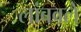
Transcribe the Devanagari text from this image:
लांबवले